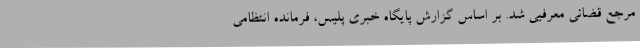
مرجع قضائی معرفیی شد. بر اساس گزارش پایگاه خبری پلیس، فرمانده انتظامی